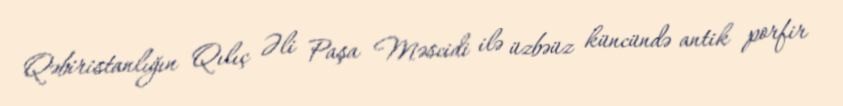
Qəbiristanlığın Qılıç Əli Paşa Məscidi ilə üzbəüz küncündə antik porfir